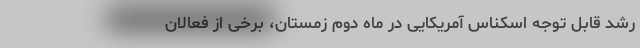
رشد قابل توجه اسکناس آمریکایی در ‌ماه‌ دوم زمستان، برخی از فعالان